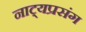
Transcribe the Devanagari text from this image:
नाट्यप्रसंग